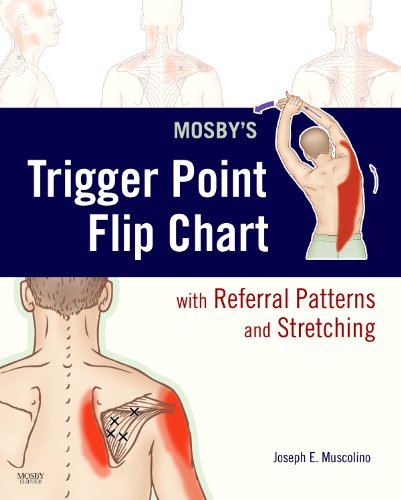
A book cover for Mosby's Trigger Point Flip Chart with Referral Patterns and Stretching, 1e; Joseph E. Muscolino DC; Health, Fitness & Dieting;